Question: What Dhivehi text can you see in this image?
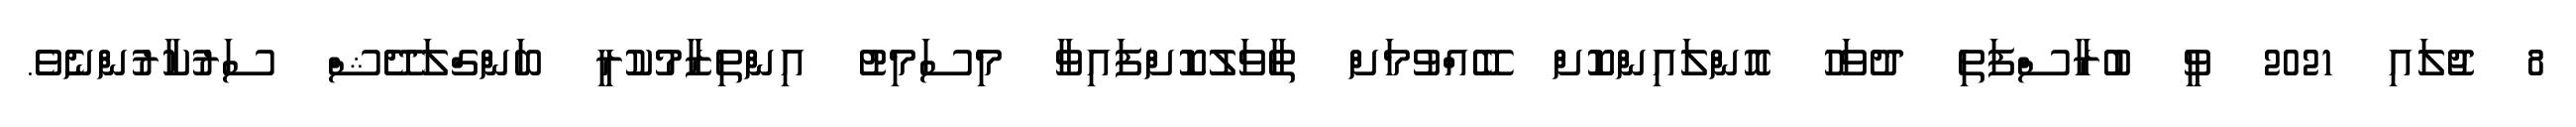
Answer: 8 ޖުލައި 2021 ވީ ބުރާސްފަތި ދުވަހު އޮންލައިންކޮށް ބޭއްވުމަށް ތާވަލުކޮށްފައިވާ މިސަމިޓު އިންތިޒާމުކުރީ ބަންގްލަދޭޝް ސަރުކާރުންނެވެ.